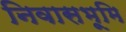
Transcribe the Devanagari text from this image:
निवासभूमि